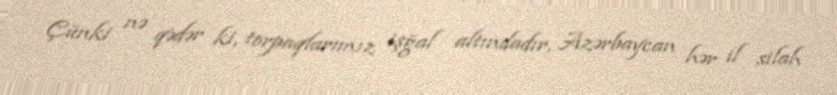
Çünki nə qədər ki, torpaqlarımız işğal altındadır, Azərbaycan hər il silah